Vital statistics of India. Vol. VI, European troops 1870-79
Year: 1870
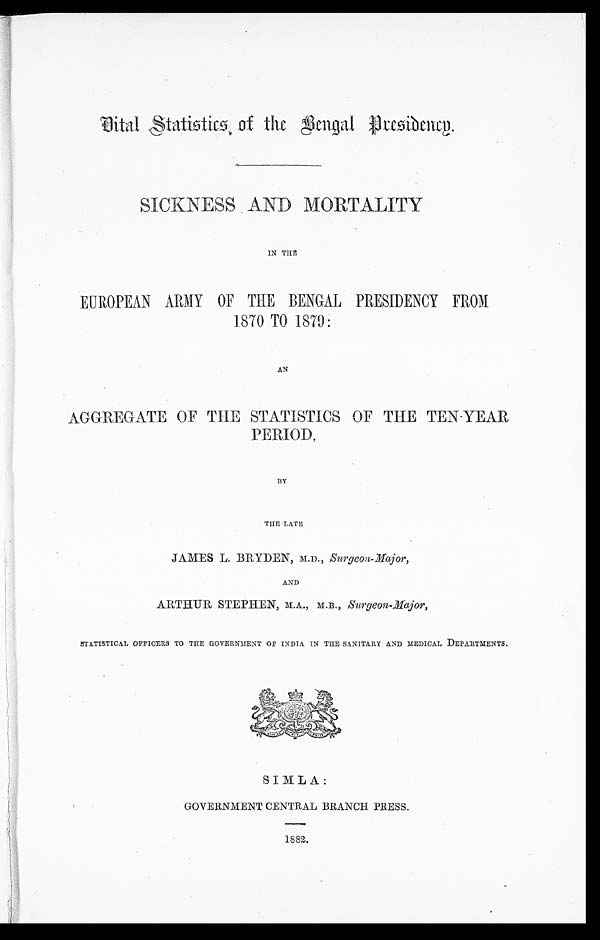
SICKNESS AND MORTALITY
IN THE
EUROPEAN ARMY OF THE BENGAL PRESIDENCY FROM
1870 TO 1879:
AN
AGGREGATE OF THE STATISTICS OF THE TEN-YEAR
PERIOD,
BY
THE-LATE
JAMES L. BRYDEN, M.D., Surgeon-Major,
AND
ARTHUR STEPHEN, M.A., M.B., Surgeon-Major,
STATISTICAL OFFICERS TO THE GOVERNMENT OF INDIA IN THE SANITARY AND MEDICAL DEPARTMENTS.
SIMLA:
GOVERNMENT CENTRAL BRANCH PRESS.
1882.